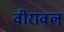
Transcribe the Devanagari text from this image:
वीरावल